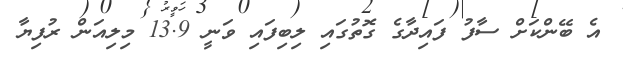
އެ ބޭންކަށް ސާފު ފައިދާގެ ގޮތުގައި ލިބިފައި ވަނީ 13.9 މިލިއަން ރުފިޔާ